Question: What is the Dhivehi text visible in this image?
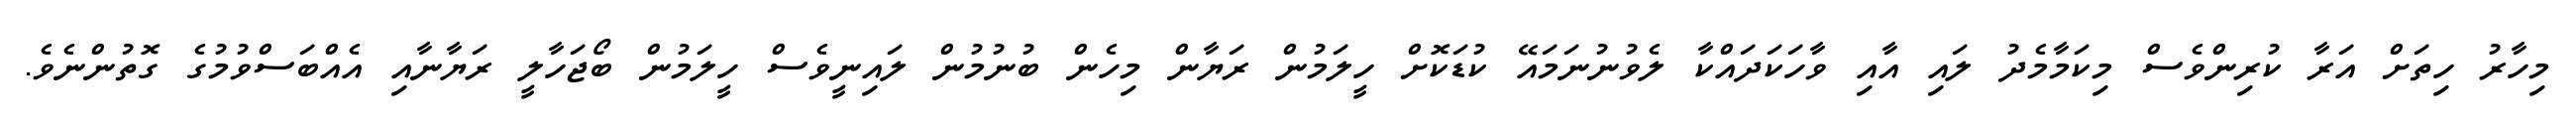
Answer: މިހާރު ހިތަށް އަރާ ކުރިންވެސް މިކަމާމެދު ލައި އާއި ވާހަކަދައްކާ ލެވުނުނަމައޭ ކުޑަކޮށް ހީލަމުން ރަޔާން މިހެން ބުނުމުން ލައިނީވެސް ހީލަމުން ބޯޖަހާލީ ރަޔާނާއި އެއްބަސްވުމުގެ ގޮތުންނެވެ.